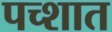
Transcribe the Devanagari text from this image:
पच्शात